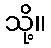
သို့။